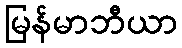
မြန်မာဘီယာ